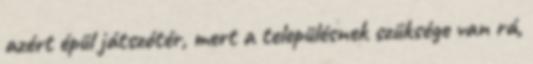
azért épül játszótér, mert a településnek szüksége van rá,